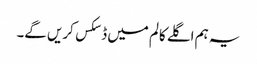
یہ ہم اگلے کالم میں ڈسکس کریں گے۔